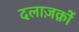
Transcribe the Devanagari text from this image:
दलाज़क़ों